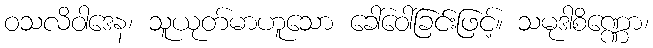
ဝသလိဝါဒေန၊ သူယုတ်မာဟူသော ခေါ်ဝေါ်ခြင်းဖြင့်။ သမုဒါစိဏ္ဏော၊